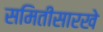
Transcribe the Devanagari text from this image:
समितीसारखे